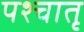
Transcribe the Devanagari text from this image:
पश्चातृ